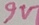
Text: 9V